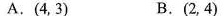
A.(4，3) B.(2，4)